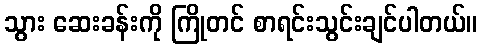
သွား ဆေးခန်းကို ကြိုတင် စာရင်းသွင်းချင်ပါတယ်။